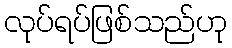
လုပ်ရပ်ဖြစ်သည်ဟု